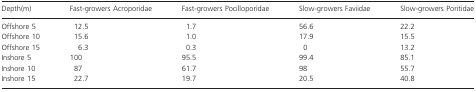
| Depth(m) | Fast-growers Acroporidae | Fast-growers Pocilloporidae | Slow-growers Faviidae | Slow-growers Poritidae |
 | --- | --- | --- | --- | --- |
 | Offshore 5 | 12.5 | 1.7 | 56.6 | 22.2 |
 | Offshore 10 | 15.6 | 1.0 | 17.9 | 15.5 |
 | Offshore 15 | 6.3 | 0.3 | 0 | 13.2 |
 | Inshore 5 | 100 | 95.5 | 99.4 | 85.1 |
 | Inshore 10 | 87 | 61.7 | 98 | 55.7 |
 | Inshore 15 | 22.7 | 19.7 | 20.5 | 40.8 |